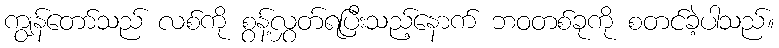
ကျွန်တော်သည် လစ်ကို စွန့်လွှတ်ရပြီးသည့်နောက် ဘဝတစ်ခုကို စတင်ခဲ့ပါသည်။